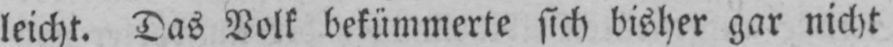
leicht. Das Volk bekümmerte sich bisher gar nicht